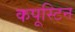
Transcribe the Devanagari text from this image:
कपूस्टिन